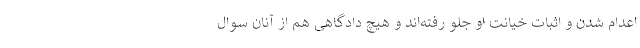
اعدام شدن و اثبات خیانت او جلو رفته‌اند و هیچ دادگاهی هم از آنان سوال